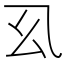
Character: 𭙉